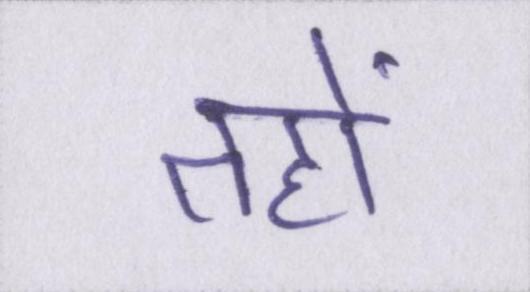
तहों